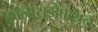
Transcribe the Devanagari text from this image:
कॉलोराडोपासून